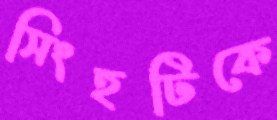
সিংহটিকে